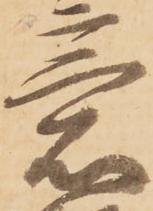
意